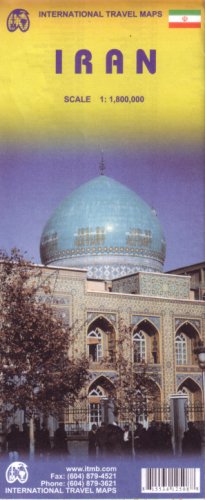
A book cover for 1. Iran Travel Reference Map 1:1,800,000- 2008*** (International Travel Maps); International Travel maps; Travel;